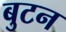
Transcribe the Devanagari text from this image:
बुटन